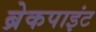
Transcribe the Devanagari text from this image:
ब्रेकपाइंट